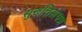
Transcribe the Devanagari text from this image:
सुरुचिसंपन्न